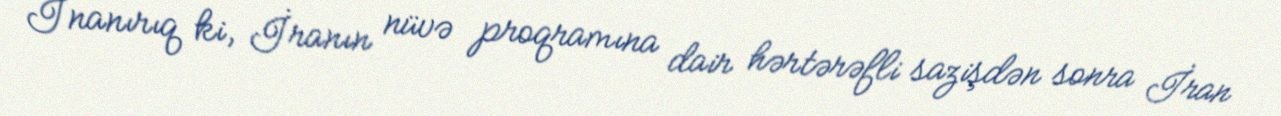
İnanırıq ki, İranın nüvə proqramına dair hərtərəfli sazişdən sonra İran